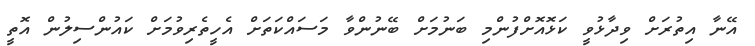
އޭނާ އިތުރަށް ވިދާޅުވީ ކަޅޮއޮށްފުންމި ބަނުމަށް ބޭނުންވާ މަސައްކަތަށް އެހީތެރިވުމަށް ކައުންސިލުން އޮތީ